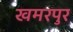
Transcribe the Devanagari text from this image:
खमरपुर